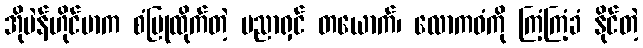
အိုပဲန်ဟိုင်မာက စံပြုထိုက်တဲ့ ပညာရှင် တယောက်၊ လောကဓံကို ကြံ့ကြံ့ခံ နိုင်တဲ့